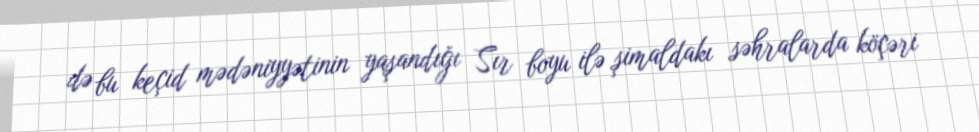
də bu keçid mədəniyyətinin yaşandığı Sır boyu ilə şimaldakı səhralarda köçəri